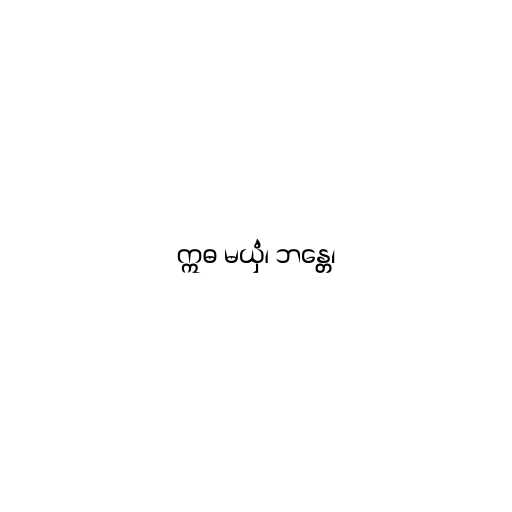
ဣဓ မယှံ၊ ဘန္တေ၊